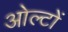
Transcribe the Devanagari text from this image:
ओल्टों